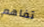
تفاهم